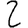
Digit: 2